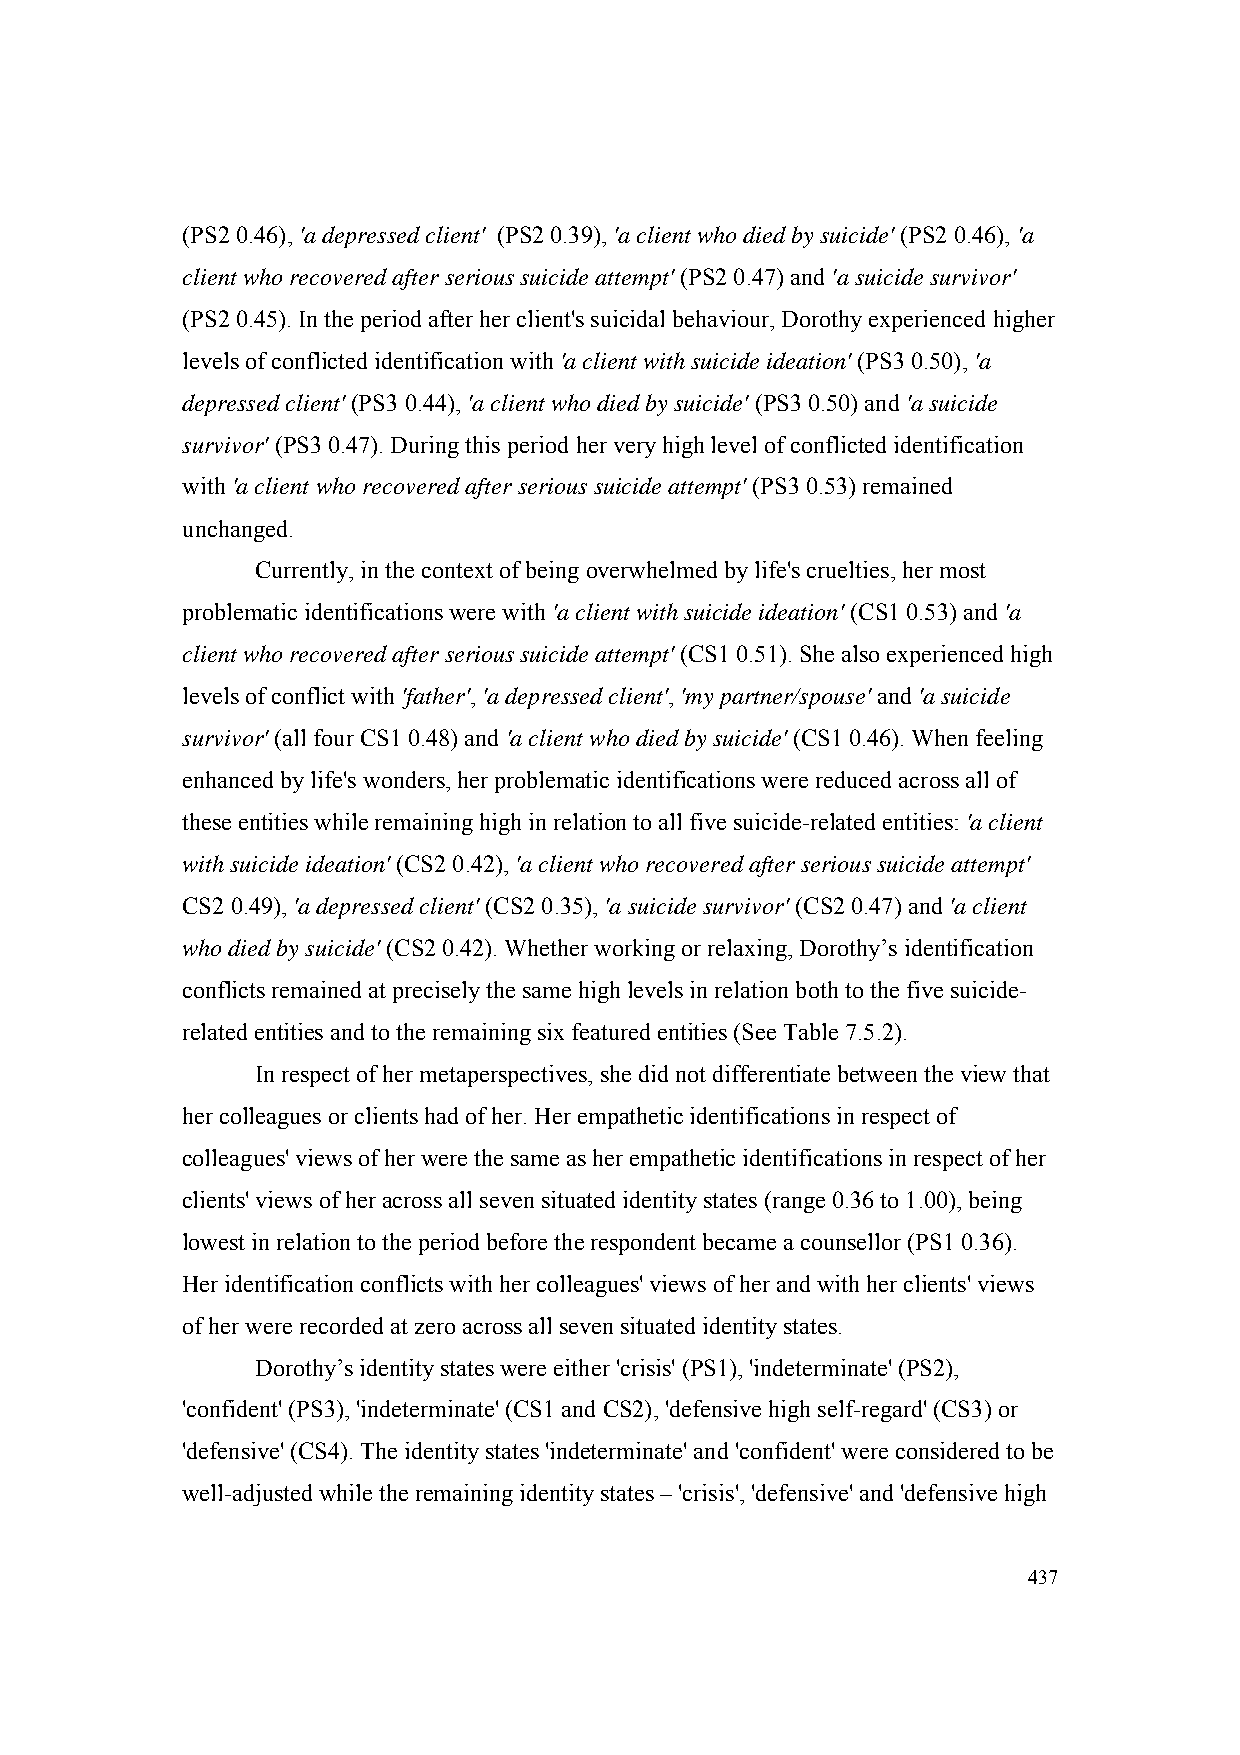
(PS2 0.46), 'a depressed client' (PS2 0.39), 'a client who died by suicide' (PS2 0.46), 'a
 client who recovered after serious suicide attempt' (PS2 0.47) and 'a suicide survivor'
 (PS2 0.45). In the period after her client's suicidal behaviour, Dorothy experienced higher
 levels of conflicted identification with 'a client with suicide ideation' (PS3 0.50), 'a
 depressed client' (PS3 0.44), 'a client who died by suicide' (PS3 0.50) and 'a suicide
 survivor' (PS3 0.47). During this period her very high level of conflicted identification
 with 'a client who recovered after serious suicide attempt' (PS3 0.53) remained
 unchanged.
 Currently, in the context of being overwhelmed by life's cruelties, her most
 problematic identifications were with 'a client with suicide ideation' (CS1 0.53) and 'a
 client who recovered after serious suicide attempt' (CS1 0.51). She also experienced high
 levels of conflict with 'father', 'a depressed client', 'my partner/spouse' and 'a suicide
 survivor' (all four CS1 0.48) and 'a client who died by suicide' (CS1 0.46). When feeling
 enhanced by life's wonders, her problematic identifications were reduced across all of
 these entities while remaining high in relation to all five suicide-related entities: 'a client
 with suicide ideation' (CS2 0.42), 'a client who recovered after serious suicide attempt'
 CS2 0.49), 'a depressed client' (CS2 0.35), 'a suicide survivor' (CS2 0.47) and 'a client
 who died by suicide' (CS2 0.42). Whether working or relaxing, Dorothy’s identification
 conflicts remained at precisely the same high levels in relation both to the five suicide-
 related entities and to the remaining six featured entities (See Table 7.5.2).
 In respect of her metaperspectives, she did not differentiate between the view that
 her colleagues or clients had of her. Her empathetic identifications in respect of
 colleagues' views of her were the same as her empathetic identifications in respect of her
 clients' views of her across all seven situated identity states (range 0.36 to 1.00), being
 lowest in relation to the period before the respondent became a counsellor (PS1 0.36).
 Her identification conflicts with her colleagues' views of her and with her clients' views
 of her were recorded at zero across all seven situated identity states.
 Dorothy’s identity states were either 'crisis' (PS1), 'indeterminate' (PS2),
 'confident' (PS3), 'indeterminate' (CS1 and CS2), 'defensive high self-regard' (CS3) or
 'defensive' (CS4). The identity states 'indeterminate' and 'confident' were considered to be
 well-adjusted while the remaining identity states – 'crisis', 'defensive' and 'defensive high
 437